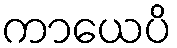
ကာယေပိ